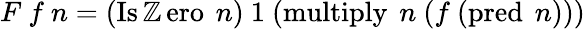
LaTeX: F\ f\ n=(\operatorname{Is\mathbb{Z}ero}\ n)\ 1\ (\operatorname{multiply}\ n\ (f\ (\operatorname{pred}\ n)))